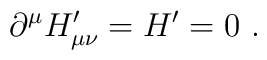
\partial^\mu H_{\mu\nu}^\prime=H^\prime=0~.